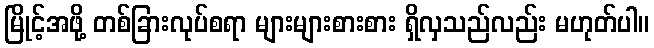
မြိုင့်အဖို့ တစ်ခြားလုပ်စရာ များများစားစား ရှိလှသည်လည်း မဟုတ်ပါ။